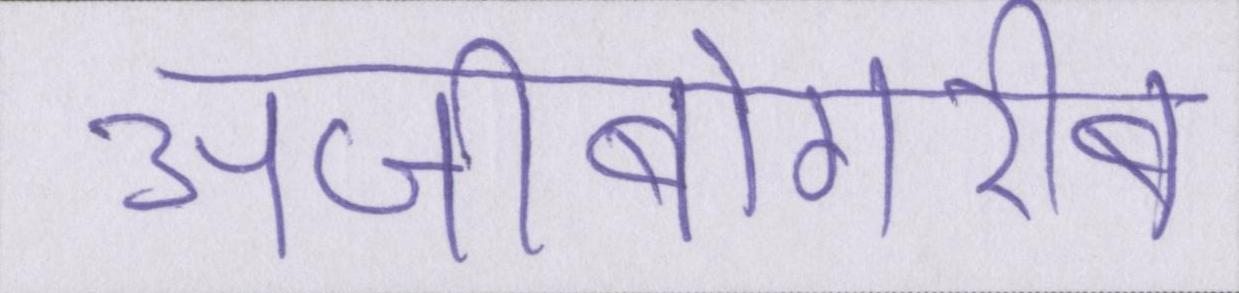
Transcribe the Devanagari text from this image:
अजीबोगरीब